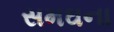
સમઘના